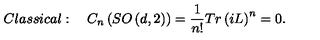
C l a s s i c a l : \quad C _ { n } \left( S O \left( d , 2 \right) \right) = \frac { 1 } { n ! } T r \left( i L \right) ^ { n } = 0 .